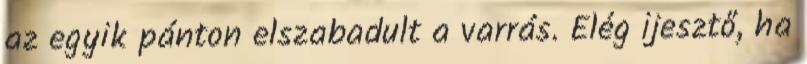
az egyik pánton elszabadult a varrás. Elég ijesztő, ha